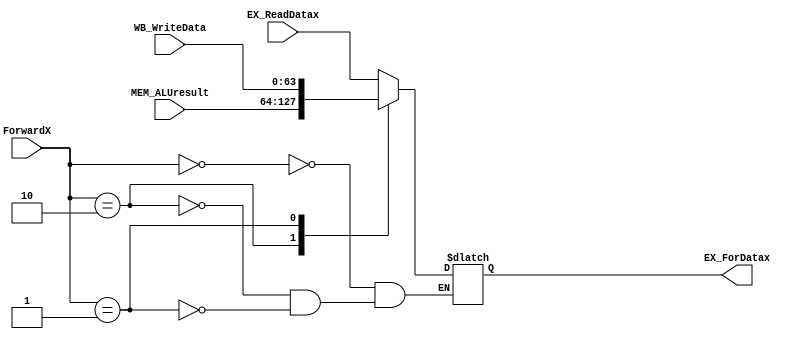
module ForwardMux (
	input      [ 1:0] ForwardX     ,
	input      [63:0] EX_ReadDatax ,
	input      [63:0] MEM_ALUresult,
	input      [63:0] WB_WriteData ,
	output reg [63:0] EX_ForDatax
);
// forwardA and forwardB = 00 -> source = EX
// forwardA and forwardB = 10 -> source = MEM
// forwardA and forwardB = 01 -> source = WB

	always @(*) begin
		case (ForwardX)
			2'b00 : EX_ForDatax = EX_ReadDatax;
			2'b10 : EX_ForDatax = MEM_ALUresult;
			2'b01 : EX_ForDatax = WB_WriteData;
		endcase
	end

endmodule